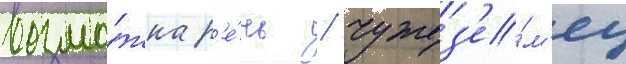
возмо́жна р'е́чь / чужез'е́м'ец